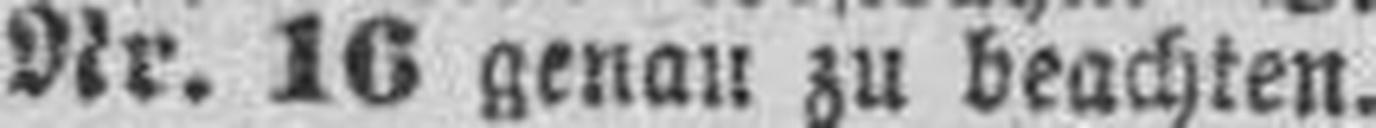
Nr. 16 genau zu beachten.